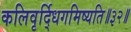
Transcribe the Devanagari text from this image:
कलिवृर्द्धिगमिष्यति॥३२॥